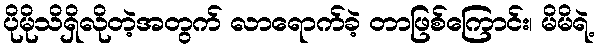
ပိုမိုသိရှိလိုတဲ့အတွက် လာရောက်ခဲ့ တာဖြစ်ကြောင်း၊ မိမိရဲ့